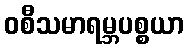
ဝစီသမာရမ္ဘပစ္စယာ